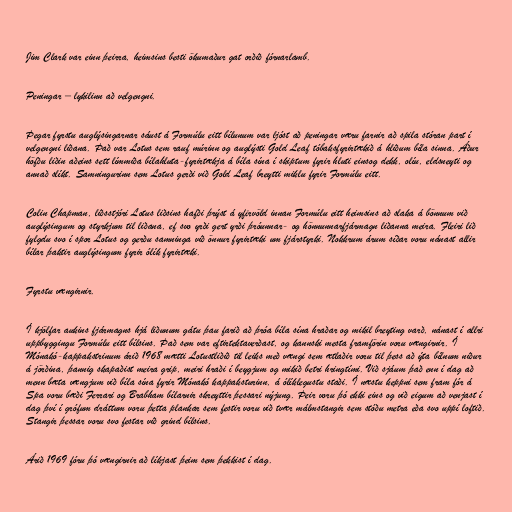
Jim Clark var einn þeirra, heimsins besti ökumaður gat orðið fórnarlamb.

Peningar – lykilinn að velgengni.

Þegar fyrstu auglýsingarnar sáust á Formúlu eitt bílunum var ljóst að peningar væru farnir að spila stóran part í
velgengni liðana. Það var Lotus sem rauf múrinn og auglýsti Gold Leaf tóbaksfyrirtækið á hliðum bíla sinna. Áður
höfðu liðin aðeins sett límmiða bílahluta-fyrirtækja á bíla sína í skiptum fyrir hluti einsog dekk, olíu, eldsneyti og
annað slíkt. Samningurinn sem Lotus gerði við Gold Leaf breytti miklu fyrir Formúlu eitt.

Colin Chapman, liðsstjóri Lotus liðsins hafði þrýst á yfirvöld innan Formúlu eitt heimsins að slaka á bönnum við
auglýsingum og styrkjum til liðana, ef svo yrði gert yrði þróunnar- og hönnunnarfjármagn liðanna meira. Fleiri lið
fylgdu svo í spor Lotus og gerðu samninga við önnur fyrirtæki um fjárstyrki. Nokkrum árum síðar voru nánast allir
bílar þaktir auglýsingum fyrir ólík fyrirtæki.

Fyrstu vængirnir.

Í kjölfar aukins fjármagns hjá liðunum gátu þau farið að þróa bíla sína hraðar og mikil breyting varð, nánast í allri
uppbyggingu Formúlu eitt bílsins. Það sem var eftirtektaverðast, og kannski mesta framförin voru vængirnir. Í
Mónakó-kappakstrinum árið 1968 mætti Lotustliðið til leiks með vængi sem ætlaðir voru til þess að ýta bílnum niður
á jörðina, þannig skapaðist meira grip, meiri hraði í beygjum og mikið betri hringtími. Við sjáum það enn í dag að
menn bæta vængjum við bíla sína fyrir Mónakó kappaksturinn, á ólíklegustu staði. Í næstu keppni sem fram fór á
Spa voru bæði Ferrari og Brabham bílarnir skreyttir þessari nýjung. Þeir voru þó ekki eins og við eigum að venjast í
dag því í grófum dráttum voru þetta plankar sem festir voru við tvær málmstangir sem stóðu metra eða svo uppí loftið.
Stangir þessar voru svo festar við grind bílsins.

Árið 1969 fóru þó vængirnir að líkjast þeim sem þekkist í dag.